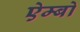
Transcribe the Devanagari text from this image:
ऐम्बो